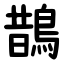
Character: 鵲